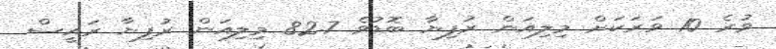
ވުރެ 10 ވަރަކަށް މިލިއަން ރުފިޔާ ބޮޑުވެ 82.7 މިލިއަން ރުފިޔާ ރައީސް